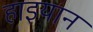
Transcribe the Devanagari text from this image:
हाइयान